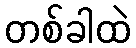
တစ်ခါထဲ